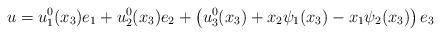
LaTeX: \begin{align*} u=u_{1}^{0}(x_{3})e_{1}+u_{2}^{0}(x_{3})e_{2}+\left(u_{3}^{0}(x_{3})+x_{2}\psi_1(x_{3})-x_{1}\psi_2(x_{3})\right)e_{3} \end{align*}